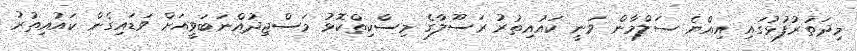
މިދަތުރުފުޅުގައި އިއްޔެ ސަލްމާން ވަނީ ކައުއިތުރު ރަސޫލާގެ މިސްކިތްކޮޅު މަސްޖިދުއްނަބަވީއަށް ވަޑައިގެން ކައުއިތުރު